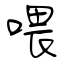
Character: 喂